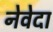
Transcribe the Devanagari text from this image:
नेवेदा